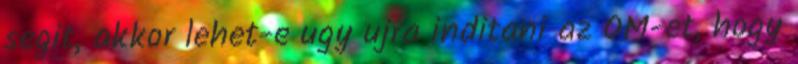
segit, akkor lehet-e ugy ujra inditani az OM-et, hogy